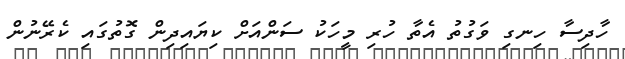
ހާދިސާ ހިނގި ވަގުތު އެތާ ހުރި މީހަކު ސަންއަށް ކިޔައިދިން ގޮތުގައި ކެރޭނުން